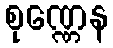
စုဏ္ဏေန